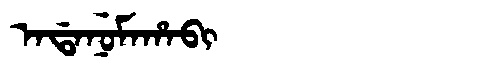
Manchu: ᠠᡩᠠᠨᡠᠮᠠᡥᠠᠪᡳ
Romanization: ADANUMAHABI